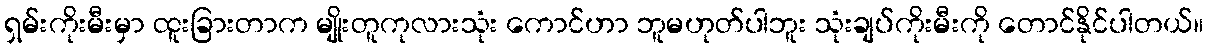
ရှမ်းကိုးမီးမှာ ထူးခြားတာက မျိုးတူကုလားသုံး ကောင်ဟာ ဘူမဟုတ်ပါဘူး သုံးချပ်ကိုးမီးကို တောင်နိုင်ပါတယ်။